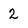
Character: 2